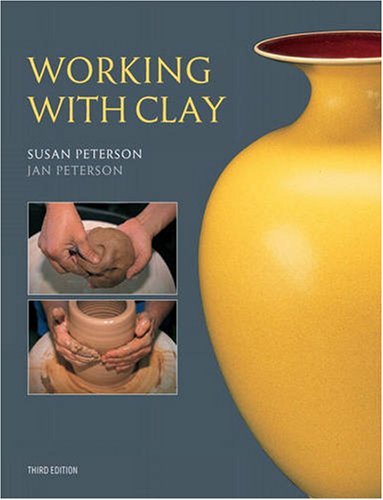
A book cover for Working With Clay (3rd Edition); Susan Peterson; Crafts, Hobbies & Home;